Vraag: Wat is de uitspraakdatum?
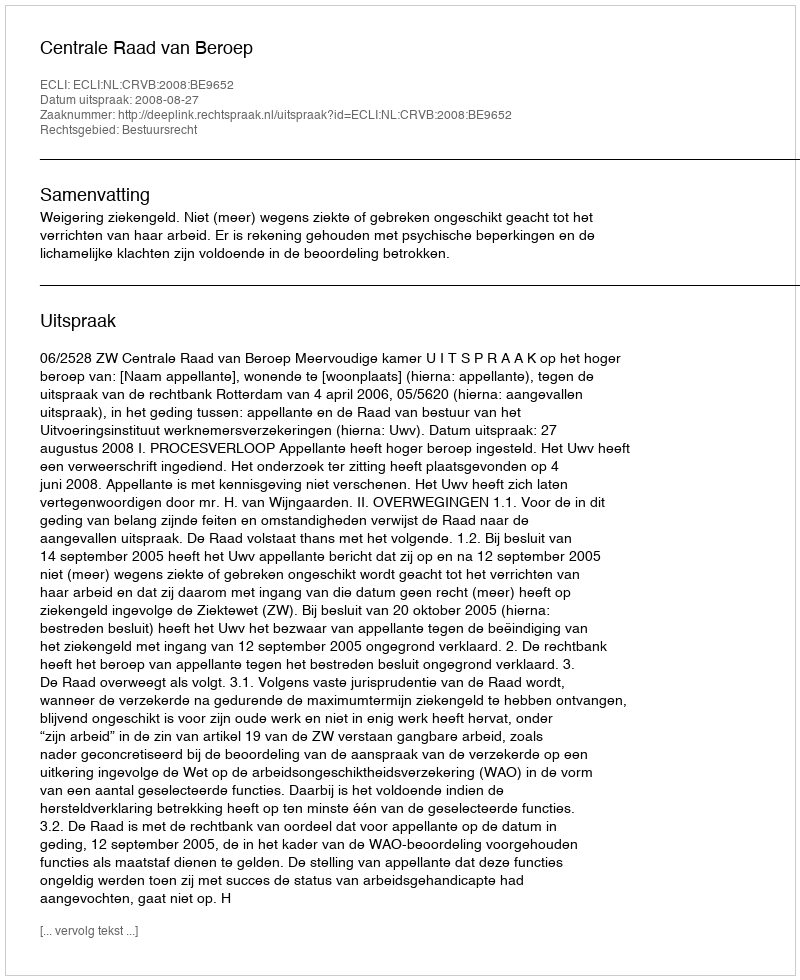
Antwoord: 2008-08-27